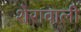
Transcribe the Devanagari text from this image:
शेरावाली